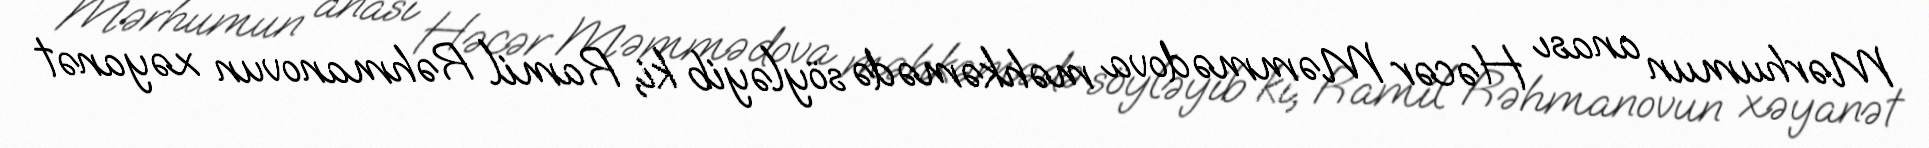
Mərhumun anası Həcər Məmmədova məhkəmədə söyləyib ki, Ramil Rəhmanovun xəyanət